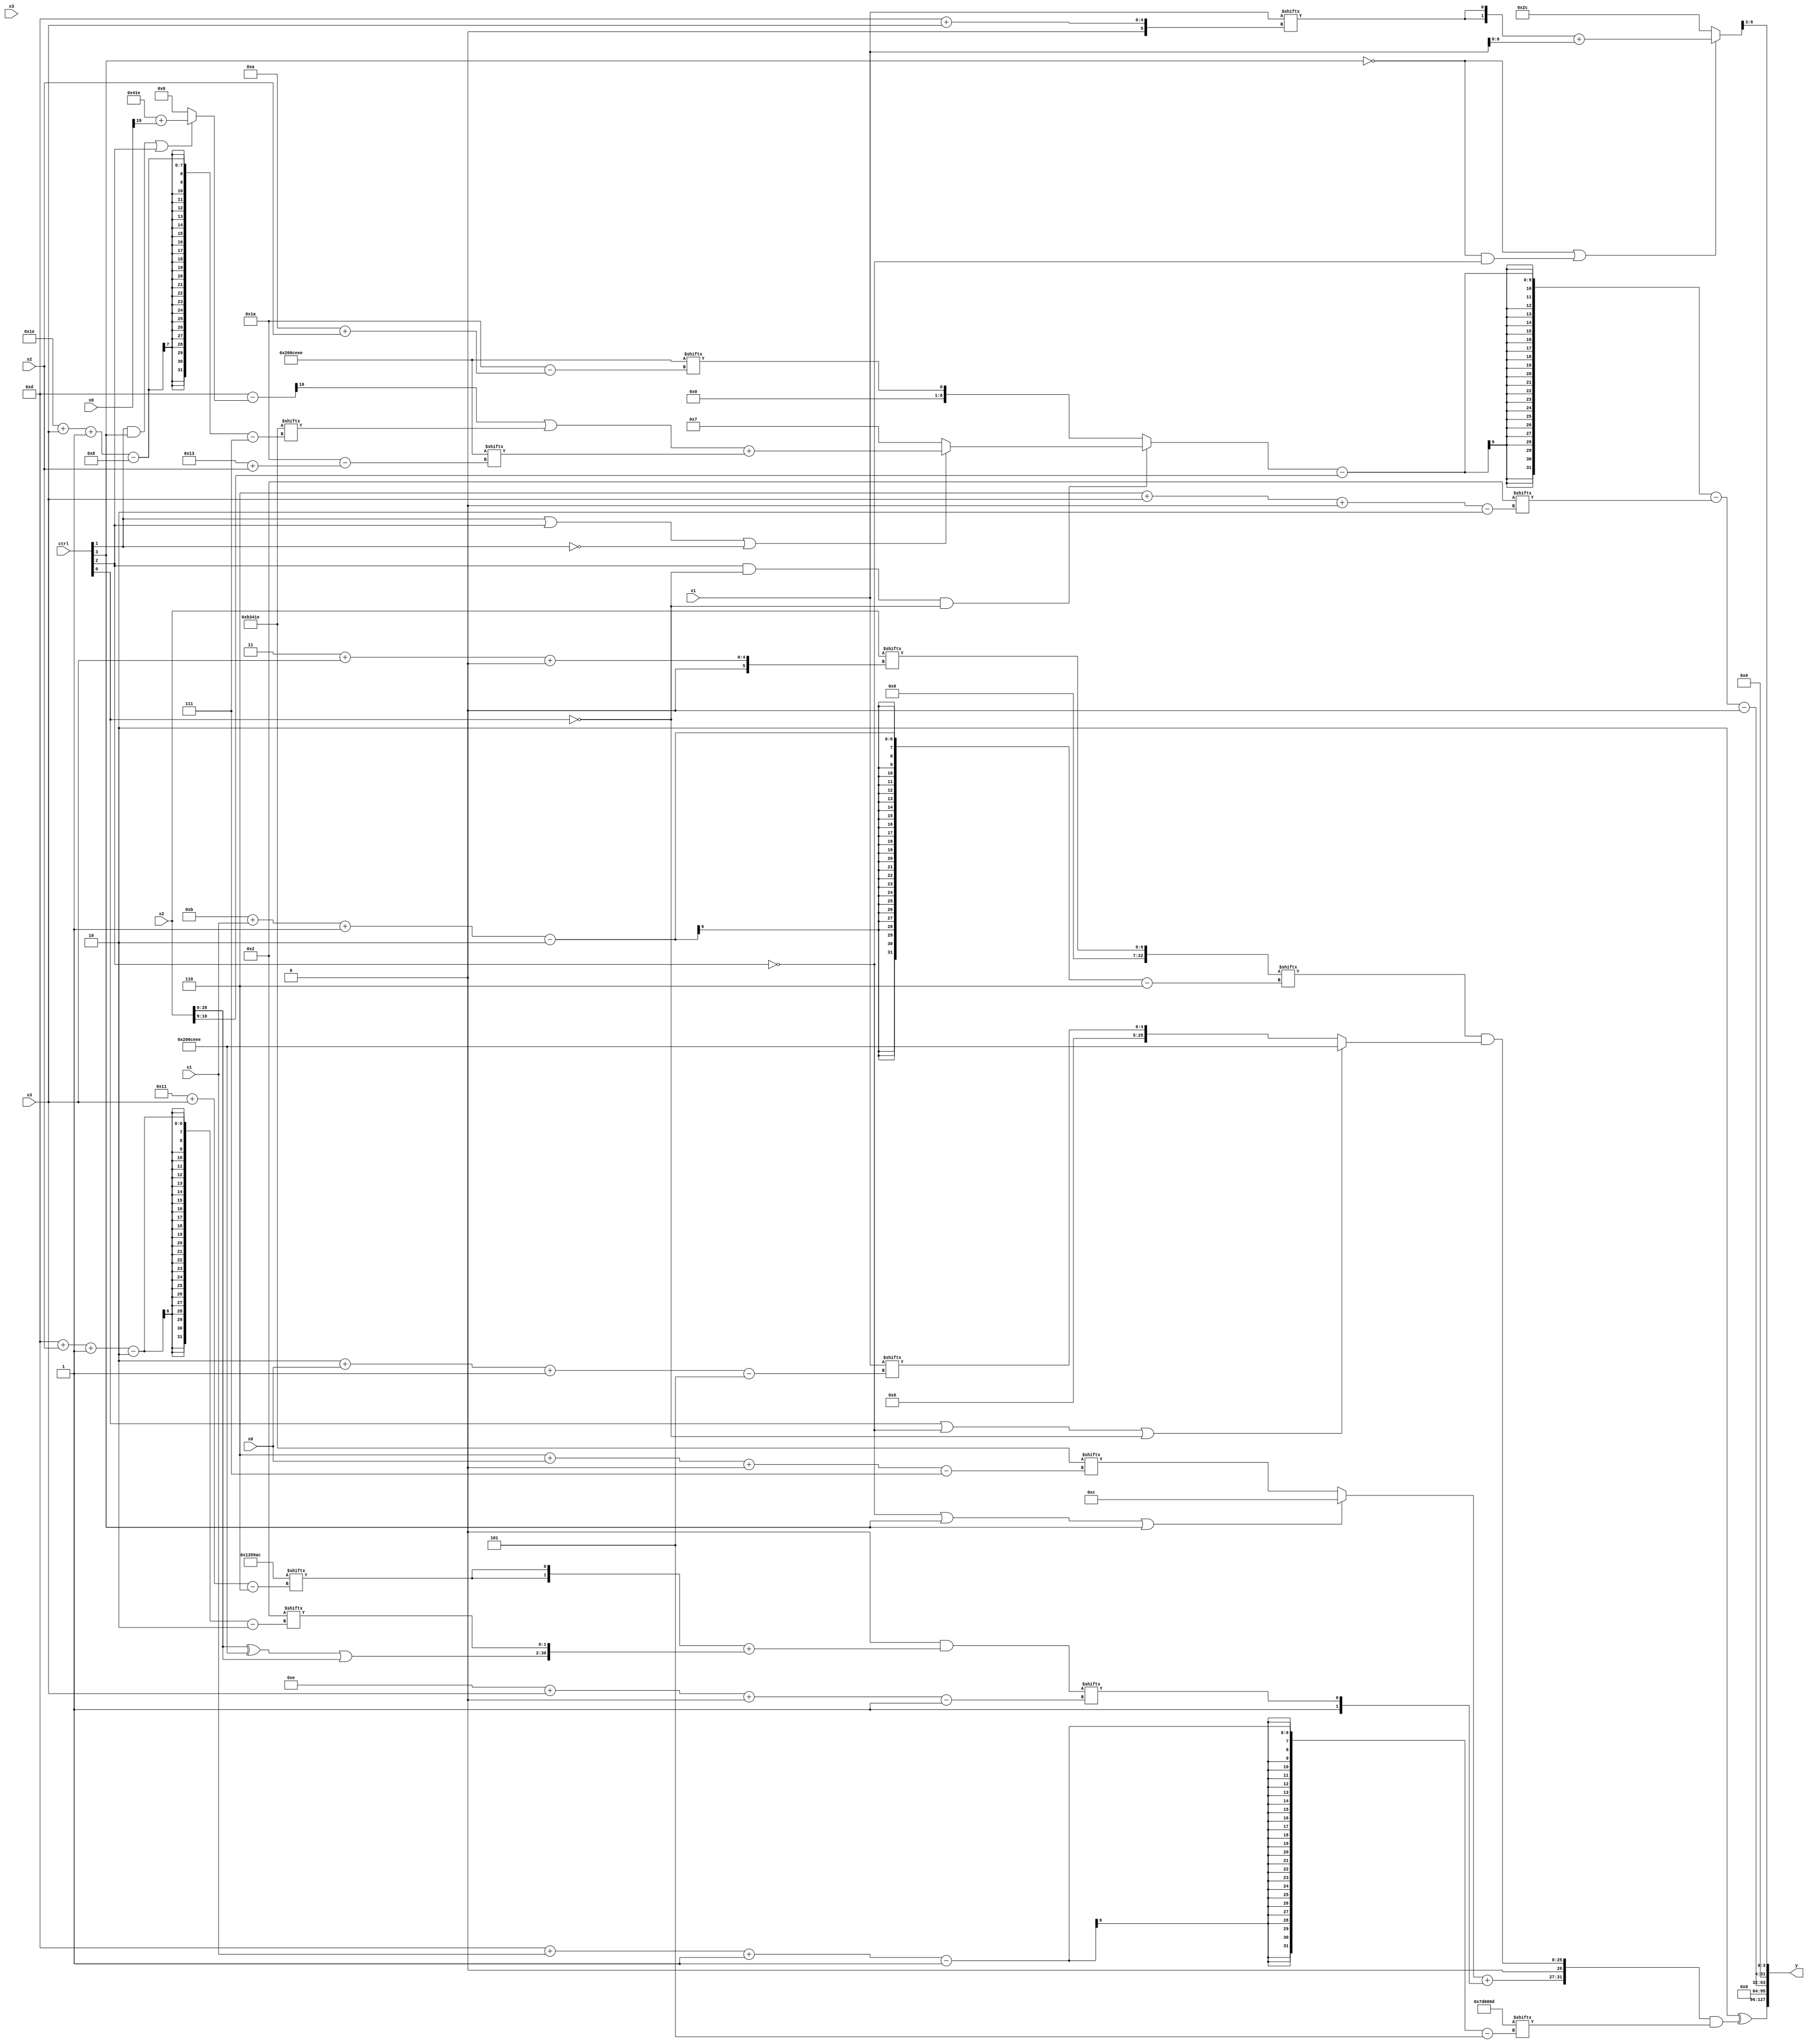
module partsel_00081(ctrl, s0, s1, s2, s3, x0, x1, x2, x3, y);
  input [3:0] ctrl;
  input [2:0] s0;
  input [2:0] s1;
  input [2:0] s2;
  input [2:0] s3;
  input [31:0] x0;
  input signed [31:0] x1;
  input [31:0] x2;
  input [31:0] x3;
  wire [27:2] x4;
  wire signed [30:2] x5;
  wire [29:6] x6;
  wire signed [25:1] x7;
  wire [31:1] x8;
  wire [29:6] x9;
  wire [5:26] x10;
  wire signed [5:30] x11;
  wire [3:30] x12;
  wire [3:26] x13;
  wire signed [28:6] x14;
  wire [31:2] x15;
  output [127:0] y;
  wire signed [31:0] y0;
  wire signed [31:0] y1;
  wire signed [31:0] y2;
  wire [31:0] y3;
  assign y = {y0,y1,y2,y3};
  localparam [0:26] p0 = 705089262;
  localparam [26:7] p1 = 690697246;
  localparam signed [29:5] p2 = 444399629;
  localparam [29:6] p3 = 487807404;
  assign x4 = p3[20 -: 2];
  assign x5 = {2{p1[17 +: 3]}};
  assign x6 = x4;
  assign x7 = {2{x6[8]}};
  assign x8 = (x4[10 +: 1] & ({2{p3[17 + s3]}} + {{2{((x2 ^ p0) | x2)}}, x4[13 + s2 -: 2]}));
  assign x9 = {({2{((!ctrl[0] || !ctrl[2] || ctrl[0] ? (p1[25 + s0 +: 3] + (x1[17 +: 2] | p1[30 + s2 +: 7])) : p3[19 +: 3]) & p2[12 + s2 -: 4])}} + (!ctrl[3] && !ctrl[0] || !ctrl[3] ? p2[16 -: 3] : (!ctrl[0] || !ctrl[0] || !ctrl[1] ? p0[6 + s1] : (p2[11 +: 4] + p1[8 + s0 -: 7])))), (!ctrl[3] || !ctrl[3] && !ctrl[2] ? ({2{x1[13 + s3]}} + x1) : p3)};
  assign x10 = (({2{x2[11]}} | x8[11 + s1]) | ((x2[16 -: 4] + ((ctrl[3] && ctrl[3] && !ctrl[3] ? x9 : (x9[13 +: 2] | x1[19 -: 2])) | ((x1[13 + s2] & p0[18 -: 2]) ^ (x4[19 -: 1] | p1[20 + s0 -: 1])))) ^ x8[11 +: 3]));
  assign x11 = (p0[18 +: 1] & p2[18 + s1 +: 8]);
  assign x12 = p3[16];
  assign x13 = {{p3[18 + s3 -: 2], (x0[0 + s0 +: 8] - (ctrl[1] || !ctrl[1] && ctrl[3] ? (p1[20 + s1 +: 4] | p2[4 + s3]) : (x3 + p0[10 + s2 -: 4])))}, {2{p1}}};
  assign x14 = x2[3 + s3 +: 7];
  assign x15 = ({(x0[17 + s1] - (x7[17 -: 3] | x3)), p2} - (ctrl[1] && ctrl[3] || ctrl[2] ? (p1 + x0[19 +: 1]) : {2{p2[15 +: 4]}}));
  assign y0 = (x6 ^ ({((!ctrl[2] || ctrl[3] || ctrl[3] ? p3 : p1[6 + s0 +: 5]) + {x13[13], x8[14 + s3 +: 1]}), (x14[11 + s1 -: 2] & (ctrl[0] || !ctrl[2] || !ctrl[0] ? p0 : x1[2 + s0 -: 5]))} & p2[13 + s1 -: 1]));
  assign y1 = x4[18 +: 4];
  assign y2 = ((((ctrl[2] && !ctrl[0] && !ctrl[0] ? (ctrl[1] || ctrl[2] || !ctrl[1] ? ((x15[12] | p1[30 + s3 -: 8]) + p0[19 + s2]) : p1[12 -: 4]) : p0[10 + s2]) - x2[9 +: 2]) - x4[6 + s3 +: 3]) - x7[10]);
  assign y3 = x9[9 +: 4];
endmodule